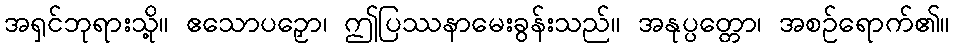
အရှင်ဘုရားသို့။ ဧသောပဉှော၊ ဤပြဿနာမေးခွန်းသည်။ အနုပ္ပတ္တော၊ အစဉ်ရောက်၏။